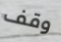
وقف